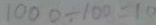
1 0 0 0 \div 1 0 0 = 1 0